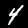
Digit: 4